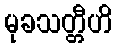
မုခသတ္တီဟိ